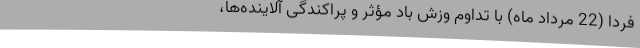
فردا (22 مرداد ماه) با تداوم وزش باد مؤثر و پراکندگی آلاینده‌ها،